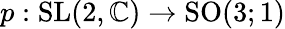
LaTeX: p:{\mathrm{SL}}(2,\mathbb{C})\to{\mathrm{SO}}(3;1)